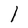
Character: l